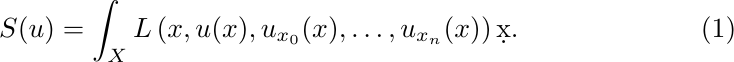
\begin{equation}\label{eq:ActionFunctionalS}
S(u) = \int_X L\left(x,u(x),u_{x_0}(x),\ldots,u_{x_n}(x)\right) \d x.
\end{equation}